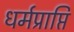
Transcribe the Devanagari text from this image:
धर्मप्राप्ति